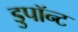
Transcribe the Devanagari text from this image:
डुपॉन्ट